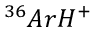
^ { 3 6 } A r H ^ { + }